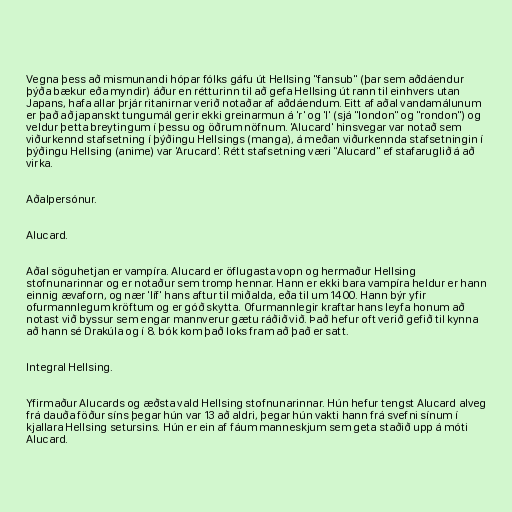
Vegna þess að mismunandi hópar fólks gáfu út Hellsing "fansub" (þar sem aðdáendur
þýða bækur eða myndir) áður en rétturinn til að gefa Hellsing út rann til einhvers utan
Japans, hafa allar þrjár ritanirnar verið notaðar af aðdáendum. Eitt af aðal vandamálunum
er það að japanskt tungumál gerir ekki greinarmun á 'r' og 'l' (sjá "london" og "rondon") og
veldur þetta breytingum í þessu og öðrum nöfnum. 'Alucard' hinsvegar var notað sem
viðurkennd stafsetning í þýðingu Hellsings (manga), á meðan viðurkennda stafsetningin í
þýðingu Hellsing (anime) var 'Arucard'. Rétt stafsetning væri "Alucard" ef stafaruglið á að
virka.

Aðalpersónur.

Alucard.

Aðal söguhetjan er vampíra. Alucard er öflugasta vopn og hermaður Hellsing
stofnunarinnar og er notaður sem tromp hennar. Hann er ekki bara vampíra heldur er hann
einnig ævaforn, og nær 'líf' hans aftur til miðalda, eða til um 1400. Hann býr yfir
ofurmannlegum kröftum og er góð skytta. Ofurmannlegir kraftar hans leyfa honum að
notast við byssur sem engar mannverur gætu ráðið við. Það hefur oft verið gefið til kynna
að hann sé Drakúla og í 8. bók kom það loks fram að það er satt.

Integral Hellsing.

Yfirmaður Alucards og æðsta vald Hellsing stofnunarinnar. Hún hefur tengst Alucard alveg
frá dauða föður síns þegar hún var 13 að aldri, þegar hún vakti hann frá svefni sínum í
kjallara Hellsing setursins. Hún er ein af fáum manneskjum sem geta staðið upp á móti
Alucard.